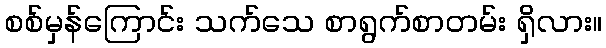
စစ်မှန်ကြောင်း သက်သေ စာရွက်စာတမ်း ရှိလား။